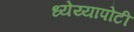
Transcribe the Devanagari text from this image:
ध्‍येय्यापोटी